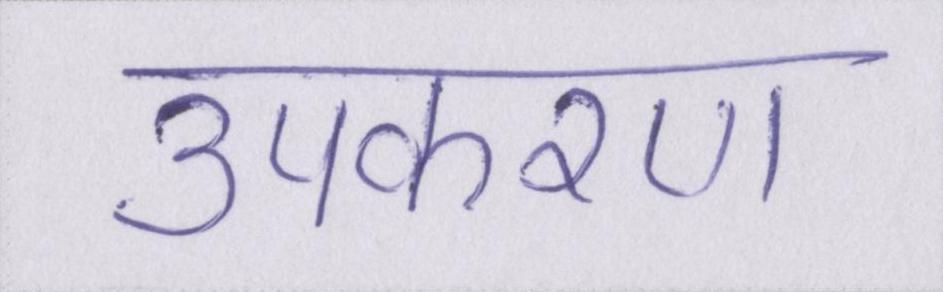
उपकरण